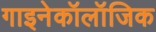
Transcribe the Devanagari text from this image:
गाइनेकॉलॉजिक